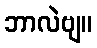
ဘာလဲဗျ။